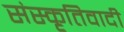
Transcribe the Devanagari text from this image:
संस्कृतिवादी